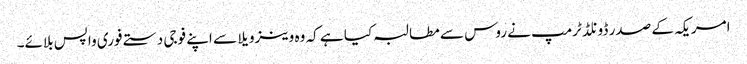
امریکہ کے صدر ڈونلڈ ٹرمپ نے روس سے مطالبہ کیا ہے کہ وہ وینزویلا سے اپنے فوجی دستے فوری واپس بلائے۔